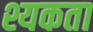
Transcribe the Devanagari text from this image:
श्यकता